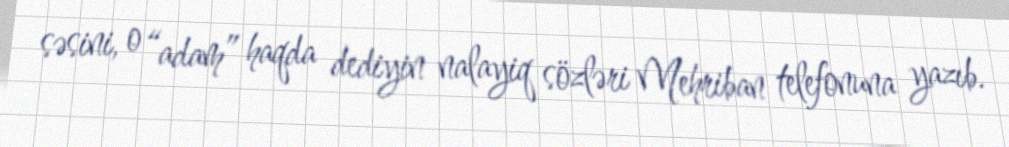
səsini, o “adam” haqda dediyin nalayiq sözləri Mehriban telefonuna yazıb.